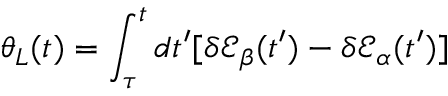
\theta _ { L } ( t ) = \int _ { \tau } ^ { t } d t ^ { \prime } [ \delta \mathcal { E } _ { \beta } ( t ^ { \prime } ) - \delta \mathcal { E } _ { \alpha } ( t ^ { \prime } ) ]